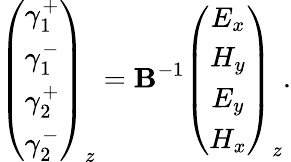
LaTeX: \left(\begin{array}{c}{\gamma_{1}^{+}}\\ {\gamma_{1}^{-}}\\ {\gamma_{2}^{+}}\\ {\gamma_{2}^{-}}\end{array}\right)_{z}=\mathbf B^{-1}\left(\begin{array}{c}{E_{x}}\\ {H_{y}}\\ {E_{y}}\\ {H_{x}}\end{array}\right)_{z}.